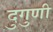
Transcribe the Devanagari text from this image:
दुगुणी